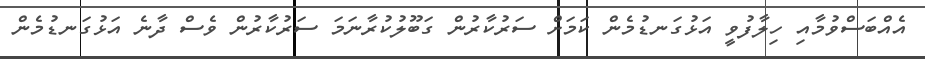
އެއްބަސްވުމާއި ހިލާފުވީ އަޅުގަނޑުމެން ކަމަށް ސަރުކާރުން ގަބޫލުކުރާނަމަ ސަރުކާރުން ވެސް ދާނެ އަޅުގަނޑުމެން